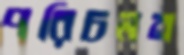
পরিচলন